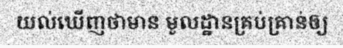
យល់ឃើញថាមាន មូលដ្ឋានគ្រប់គ្រាន់ឲ្យ